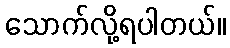
သောက်လို့ရပါတယ်။